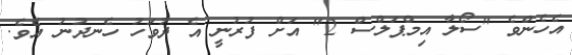
އެހެންވެ "ސޯލާ އިމްޕަލްސް 2" އަށް ފުރުނީ އެ ދުވަހު ހެނދުނު އެވެ.